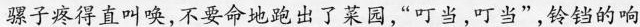
骡子疼得直叫唤，不要命地跑出了菜园，”叮当，叮当”，铃铛的响